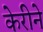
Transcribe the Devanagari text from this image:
केरीने